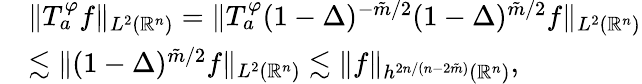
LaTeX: \begin{array}{rl}&{\| T_{a}^{\varphi}f\| _{L^{2}(\mathbb{R}^{n})}=\| T_{a}^{\varphi}(1-\Delta)^{-\tilde{m}/2}(1-\Delta)^{\tilde{m}/2}f\| _{L^{2}(\mathbb{R}^{n})}}\\ &{\lesssim\| (1-\Delta)^{\tilde{m}/2}f\| _{L^{2}(\mathbb{R}^{n})}\lesssim\| f\| _{h^{2n/(n-2\tilde{m})}(\mathbb{R}^{n})},}\end{array}